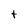
Character: t